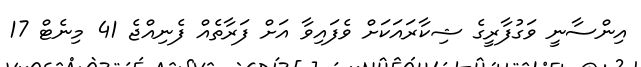
އިންސާނީ ވަގުފާރީގެ ޝިކާރައަކަށް ވެފައިވާ އަށް ފަރާތެއް ފެނިއްޖެ 41 މިނެޓް 17